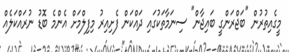
މީގެއިތުރުން "ބަޖްރަންގީ ބައިޖާން" ސިނަމާތަކުގައި ދައްކަން ފެށިއިރު މިފިލްމަށް އެންމެ ބޮޑު ނުރައްކަލެއް